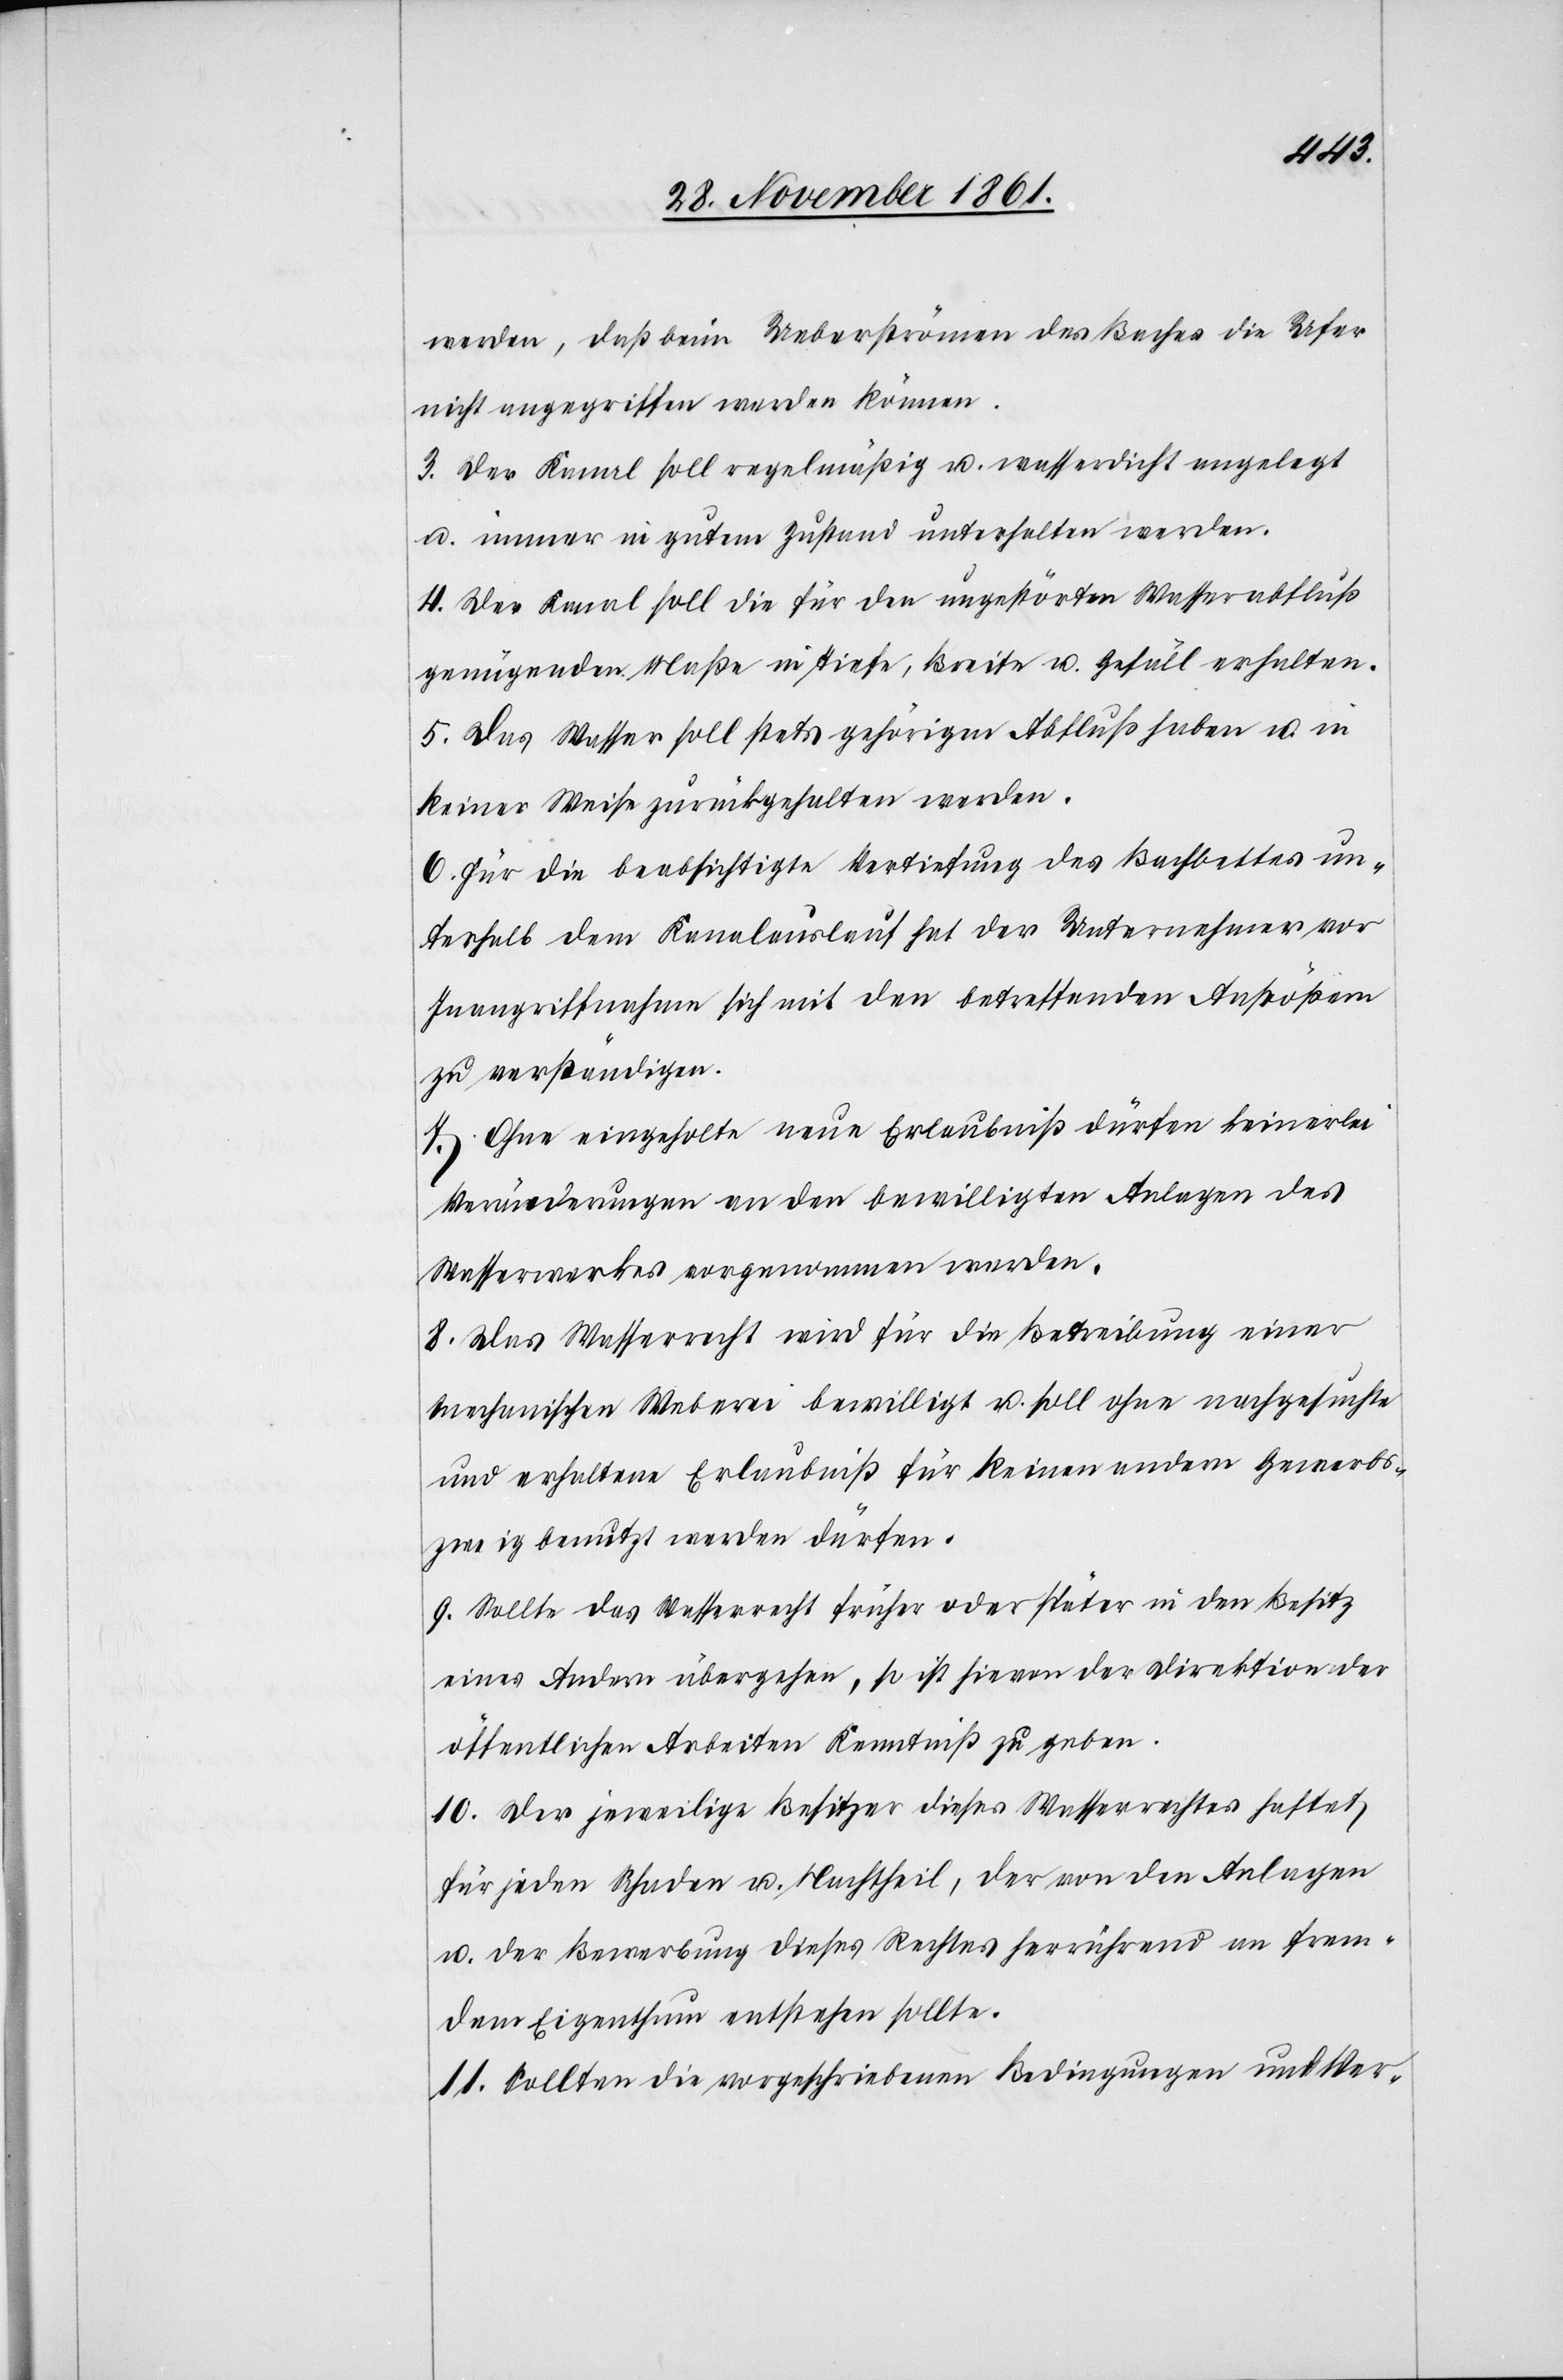
werden, daß beim Ueberströmen des Baches die Ufer
nicht angegriffen werden können.
3. Der Kanal soll regelmäßig u. wasserdicht angelegt
u. immer in gutem Zustand unterhalten werden.
4. Der Kanal soll die für den ungestörten Wasserabfluß
genügenden Maße in Tiefe, Breite u. Gefäll erhalten.
5. Das Wasser soll stets gehörigen Abfluß haben u. in
keiner Weise zurückgehalten werden.
6. Für die beabsichtigte Vertiefung des Bachbettes un¬
terhalb dem Kanalauslauf hat der Unternehmer vor
Inangriffnahme sich mit den betreffenden Anstößern
zu verständigen.
7. Ohne eingeholte neue Erlaubniß dürfen keinerlei
Veränderungen an den bewilligten Anlagen des
Wasserwerkes vorgenommen werden.
8. Das Wasserrecht wird für die Betreibung einer
mechanischen Weberei bewilligt u. soll ohne nachgesuchte
und erhaltene Erlaubniß für keinen andern Gewerbs¬
zweig benutzt werden dürfen.
9. Sollte das Wasserrecht früher oder später in den Besitz
eines Andern übergehen, so ist hievon der Direktion der
öffentlichen Arbeiten Kenntniß zu geben.
10. Der jeweilige Besitzer dieses Wasserrechtes haftet,
für jeden Schaden u. Nachtheil, der von den Anlagen
u. der Bewerbung dieses Rechtes herrührend an frem¬
dem Eigenthum entstehen sollte.
11. Sollten die vorgeschriebenen Bedingungen und Ver-